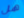
هل